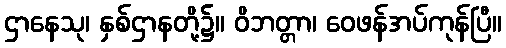
ဌာနေသု၊ နှစ်ဌာနတို့၌။ ဝိဘတ္တာ၊ ဝေဖန်အပ်ကုန်ပြီ။